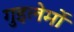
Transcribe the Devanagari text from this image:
गुइलेर्मो